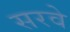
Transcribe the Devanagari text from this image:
सरवे